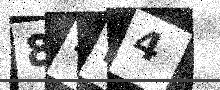
Text: 84D4